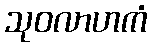
သုဝလာဟကံ